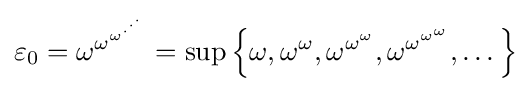
\varepsilon _{0}=\omega ^{\omega ^{\omega ^{\cdot ^{\cdot ^{\cdot }}}}}=\sup \left\{\omega ,\omega ^{\omega },\omega ^{\omega ^{\omega }},\omega ^{\omega ^{\omega ^{\omega }}},\dots \right\}